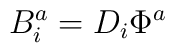
B^{a}_{i} = D_{i} \Phi^{a}